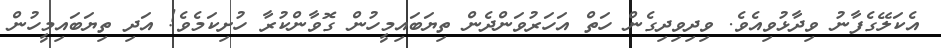
އެކަލޭގެފާނު ވިދާޅުވިއެވެ. ވިދިވިދިގެން ހަތް އަހަރުވަންދެން ތިޔަބައިމީހުން ގޮވާންކުރާ ހުށިކަމެވެ! އަދި ތިޔަބައިމީހުން